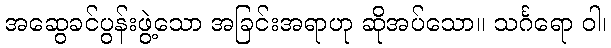
အဆွေခင်ပွန်းဖွဲ့သော အခြင်းအရာဟု ဆိုအပ်သော။ သင်္ဂရော ဝါ၊